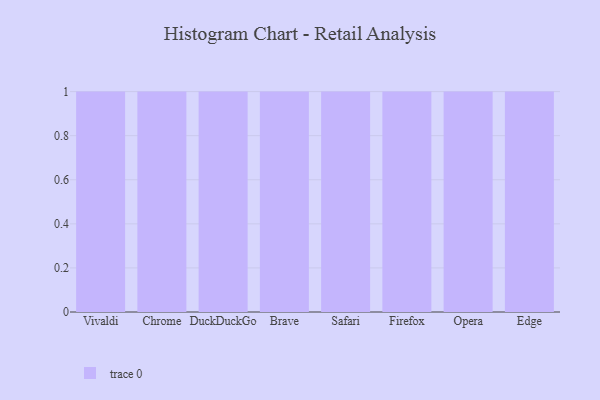
{"axis": {"x": "Browser", "y": "Shipments"}, "legend": [""], "data": [{"x": "Vivaldi", "y": 70, "type": ""}, {"x": "Chrome", "y": 59, "type": ""}, {"x": "DuckDuckGo", "y": 18, "type": ""}, {"x": "Brave", "y": 47, "type": ""}, {"x": "Safari", "y": 40, "type": ""}, {"x": "Firefox", "y": 48, "type": ""}, {"x": "Opera", "y": 67, "type": ""}, {"x": "Edge", "y": 96, "type": ""}]}